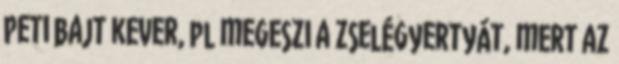
Peti bajt kever, pl megeszi a zselégyertyát, mert az